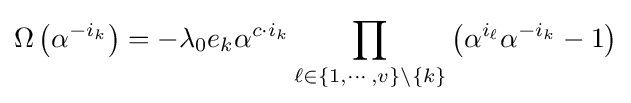
\Omega \left(\alpha ^{-i_{k}}\right)=-\lambda _{0}e_{k}\alpha ^{c\cdot i_{k}}\prod _{\ell \in \{1,\cdots ,v\}\setminus \{k\}}\left(\alpha ^{i_{\ell }}\alpha ^{-i_{k}}-1\right)